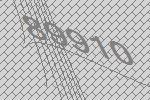
89910